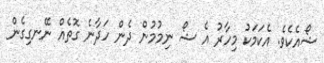
ޝޯއެކެވެ. އެކަމަކު މިހާރު އެ ޝޯ ނިމުމުން ދެން ހަދާނެ ގޮތެއް ނޭނގިގެން